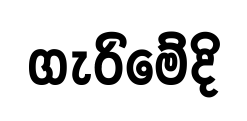
ගැරිමේදි